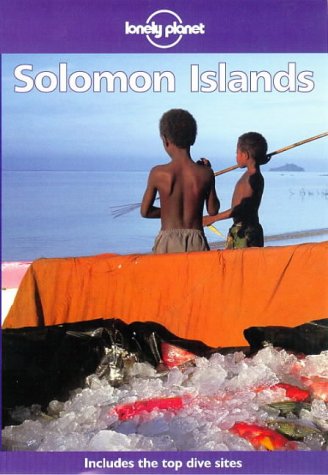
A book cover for Solomon Islands (Lonely Planet Travel Guides); Mark Honan; Travel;